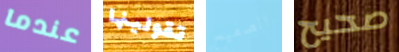
عندما تقولينها الصفيح صحيح